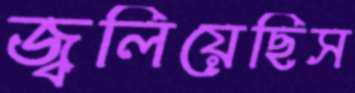
জ্বলিয়েছিস